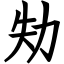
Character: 劮